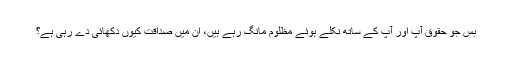
بس جو حقوق آپ اور آپ کے ساتھ نکلے ہوئے مظلوم مانگ رہے ہیں، ان میں صداقت کیوں دکھائی دے رہی ہے؟